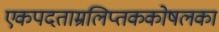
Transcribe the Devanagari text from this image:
एकपदताम्रलिप्तककोषलका